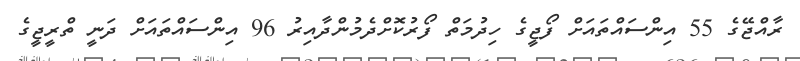
ރާއްޖޭގެ 55 އިންސައްތައަށް ފޯޖީގެ ހިދުމަތް ފޯރުކޮށްދެމުންދާއިރު 96 އިންސައްތައަށް ދަނީ ތްރީޖީގެ